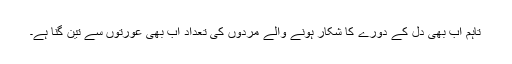
تاہم اب بھی دل کے دورے کا شکار ہونے والے مردوں کی تعداد اب بھی عورتوں سے تین گنا ہے۔